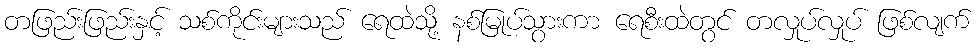
တဖြည်းဖြည်းနှင့် သစ်ကိုင်းများသည် ရေထဲသို့ နစ်မြုပ်သွားကာ ရေစီးထဲတွင် တလှုပ်လှုပ် ဖြစ်လျက်